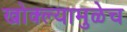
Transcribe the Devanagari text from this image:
खोक्ल्यामुळेच